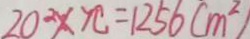
2 0 ^ { 2 } \times \pi = 1 2 5 6 ( m ^ { 2 } )